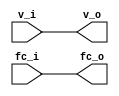
/* Generated by Yosys 0.27+9 (git sha1 101d19bb6, gcc 11.2.0-7ubuntu2 -fPIC -Os) */

(* top =  1  *)

module bsg_flow_convert(v_i, fc_o, v_o, fc_i);
  
  input [15:0] fc_i;
  wire [15:0] fc_i;
  
  output [15:0] fc_o;
  wire [15:0] fc_o;
  
  input [15:0] v_i;
  wire [15:0] v_i;
  
  output [15:0] v_o;
  wire [15:0] v_o;
  assign fc_o = fc_i;
  assign v_o = v_i;
endmodule